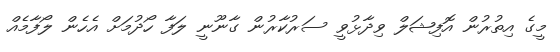
މީގެ އިތުރުން އޮފިޝަލް ވިދާޅުވީ ސަރުކާރުން ގާނޫނީ ލަފާ ހޯދުމަށް އެހެން ލޯފާމެއް